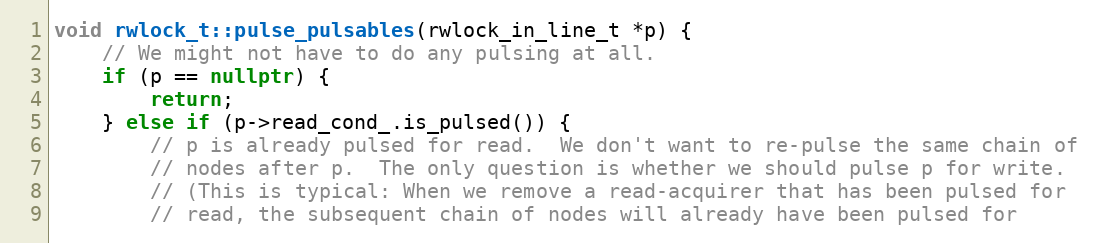
Language: C++
void rwlock_t::pulse_pulsables(rwlock_in_line_t *p) {
    // We might not have to do any pulsing at all.
    if (p == nullptr) {
        return;
    } else if (p->read_cond_.is_pulsed()) {
        // p is already pulsed for read.  We don't want to re-pulse the same chain of
        // nodes after p.  The only question is whether we should pulse p for write.
        // (This is typical: When we remove a read-acquirer that has been pulsed for
        // read, the subsequent chain of nodes will already have been pulsed for